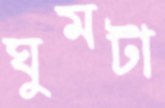
ঘুমটা